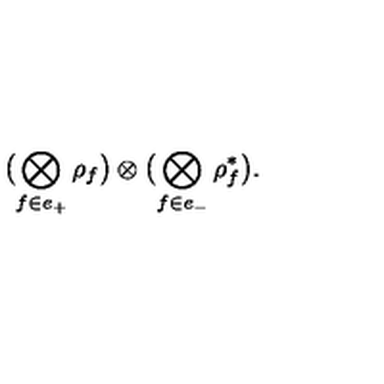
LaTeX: \bigl ( \bigotimes _ { f \in e _ { + } } \rho _ { f } \bigr ) \otimes \bigl ( \bigotimes _ { f \in e _ { - } } \rho _ { f } ^ { \ast } \bigr ) .